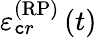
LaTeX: \varepsilon_{\mathtt{c}r}^{\left(\mathrm{{RP}}\right)}\left(t\right)